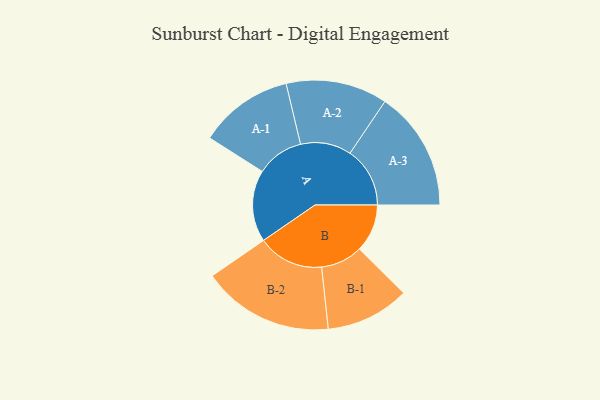
{"axis": {"x": "Segment", "y": "Value"}, "legend": ["", "A", "B"], "data": [{"x": "A", "y": 322, "type": ""}, {"x": "B", "y": 215, "type": ""}, {"x": "A-1", "y": 212, "type": "A"}, {"x": "A-2", "y": 228, "type": "A"}, {"x": "A-3", "y": 269, "type": "A"}, {"x": "B-1", "y": 188, "type": "B"}, {"x": "B-2", "y": 296, "type": "B"}]}